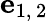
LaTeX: \mathbf{e}_{1,\, 2}